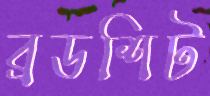
ব্রডশিট